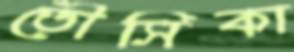
তৌসিকা